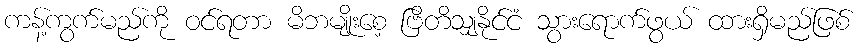
ကန့်ကွက်မည်ကို ဝင်ရတာ မိဘမျိုးစေ့ ဗြိတိသျှနိုင်ငံ သွားရောက်ဖွယ် ထားရှိမည်ဖြစ်